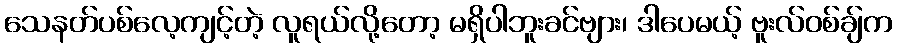
သေနတ်ပစ်လေ့ကျင့်တဲ့ လူရယ်လို့တော့ မရှိပါဘူးခင်ဗျား၊ ဒါပေမယ့် ဗူးလ်ဝစ်ချ်က